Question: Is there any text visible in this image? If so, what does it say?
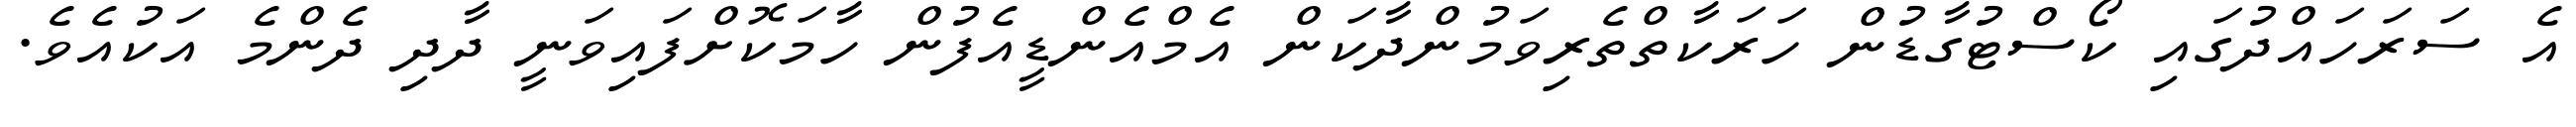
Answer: އެ ސަރަހައްދުގައި ކޯސްޓުގާޑުން ހަރަކާތްތެރިވަމުންދާކަން އެމްއެންޑީއެފުން ހާމަކޮށްފައިވަނީ ދާދި ދެންމެ އަކުއެވެ.